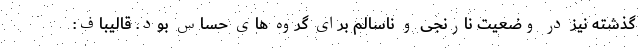
گذشته نیز در وضعیت نارنجی و ناسالم برای گروه های حساس بود. قالیباف: